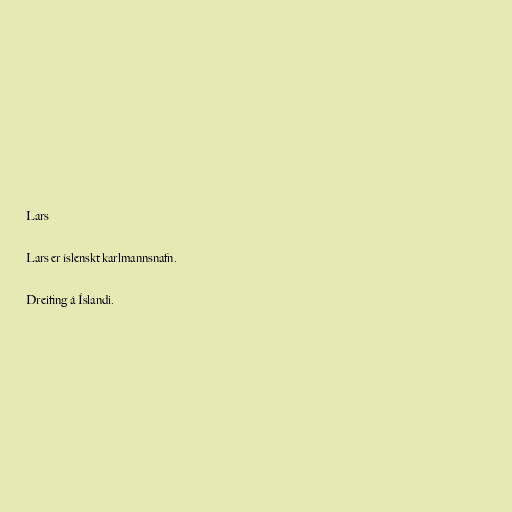
Lars

Lars er íslenskt karlmannsnafn.

Dreifing á Íslandi.